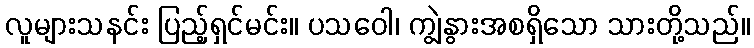
လူများသနင်း ပြည့်ရှင်မင်း။ ပသဝေါ၊ ကျွဲနွားအစရှိသော သားတို့သည်။